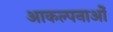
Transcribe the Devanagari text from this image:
आकल्पनाओं